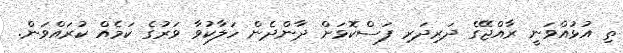
ތި އުޅުއްވަނީ ރާއްޖޭގެ ދަރިދަރި ފަސްކޮޅަށް ދާންދެން ހަލާކުވާ ވަރުގެ ކަމެއް ކުރައްވަން.